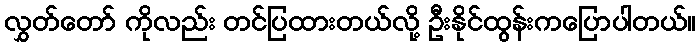
လွှတ်တော် ကိုလည်း တင်ပြထားတယ်လို့ ဦးနိုင်ထွန်းကပြောပါတယ်။